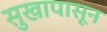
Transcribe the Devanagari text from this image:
सुखापासून